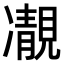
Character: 𩇟